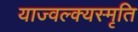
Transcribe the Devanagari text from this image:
याज्‍वल्क्यस्मृति